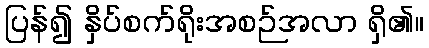
ပြန်၍ နှိပ်စက်ရိုးအစဉ်အလာ ရှိ၏။